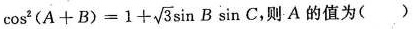
$$\cos^{2}(A+B)=1+ \sqrt{3}\sin B\sin C$$，则A的值为()